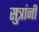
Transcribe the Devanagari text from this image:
सुत्रांनी